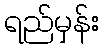
ရည်မှန်း